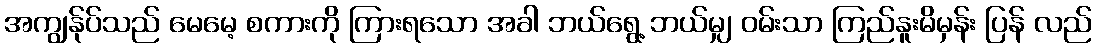
အကျွန်ုပ်သည် မေမေ့ စကားကို ကြားရသော အခါ ဘယ်ရွေ့ ဘယ်မျှ ဝမ်းသာ ကြည်နူးမိမှန်း ပြန် လည်